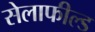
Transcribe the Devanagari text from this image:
सेलाफील्ड